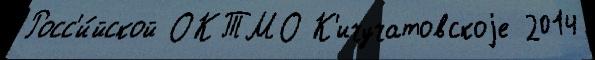
Росс'и́йской ОКТМО К'ичучатовскоjе 2014